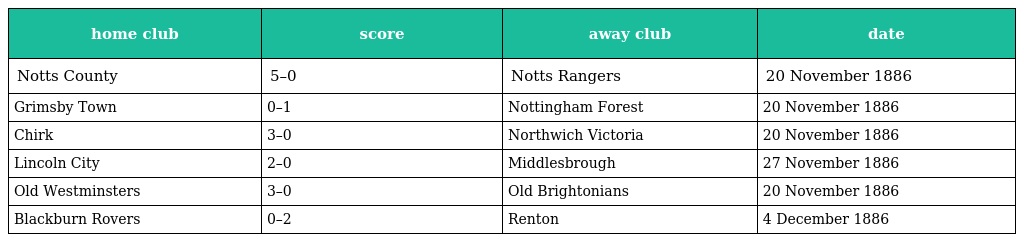
| home club | score | away club | date |
 | --- | --- | --- | --- |
 | Notts County | 5–0 | Notts Rangers | 20 November 1886 |
 | Grimsby Town | 0–1 | Nottingham Forest | 20 November 1886 |
 | Chirk | 3–0 | Northwich Victoria | 20 November 1886 |
 | Lincoln City | 2–0 | Middlesbrough | 27 November 1886 |
 | Old Westminsters | 3–0 | Old Brightonians | 20 November 1886 |
 | Blackburn Rovers | 0–2 | Renton | 4 December 1886 |